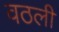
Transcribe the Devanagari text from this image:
वठली